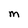
Character: M